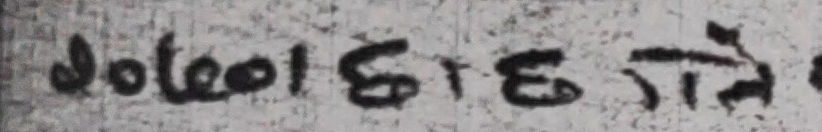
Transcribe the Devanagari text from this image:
olea छा छाते